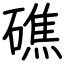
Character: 礁